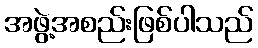
အဖွဲ့အစည်းဖြစ်ပါသည်